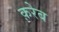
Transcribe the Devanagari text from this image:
क़रेब